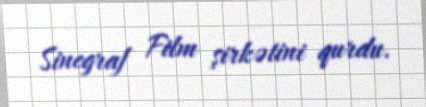
Sinegraf Film şirkətini qurdu.